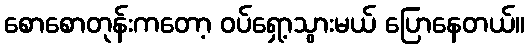
စောစောတုန်းကတော့ ဝပ်ရှော့သွားမယ် ပြောနေတယ်။